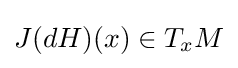
J(dH)(x)\in T_{x}M